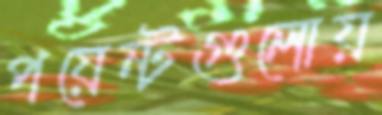
পয়েন্টগুলোয়